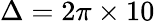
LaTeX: \Delta=2\pi\times 10